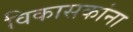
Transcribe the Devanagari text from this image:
विकासकांना